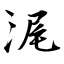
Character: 浘